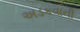
અડકવાની